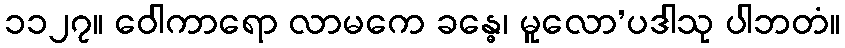
၁၁၂၇။ ဝေါကာရော လာမကေ ခန္ဓေ၊ မူလော’ပဒါသု ပါဘတံ။